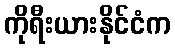
ကိုရီးယားနိုင်ငံက